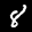
Label: 8